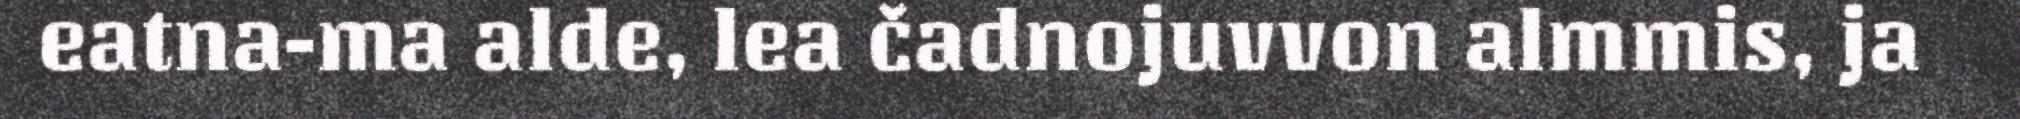
eatna-ma alde, lea čadnojuvvon almmis, ja